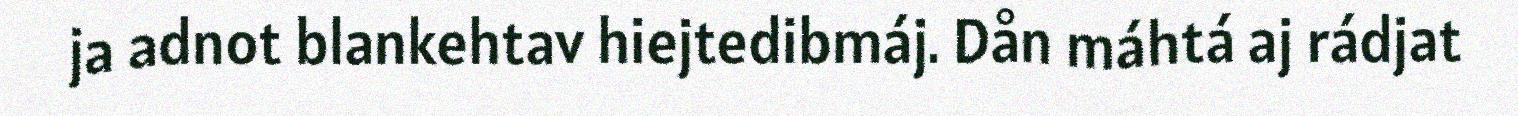
ja adnot blankehtav hiejtedibmáj. Dån máhtá aj rádjat